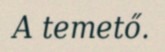
A temető.